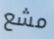
مشع